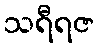
သရီရဇ